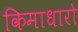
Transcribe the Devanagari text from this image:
किमाधारो